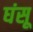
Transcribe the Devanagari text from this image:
घंसू